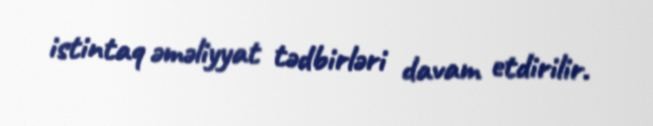
istintaq əməliyyat tədbirləri davam etdirilir.